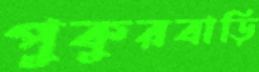
পুকুরবাড়ি